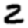
Digit: 2